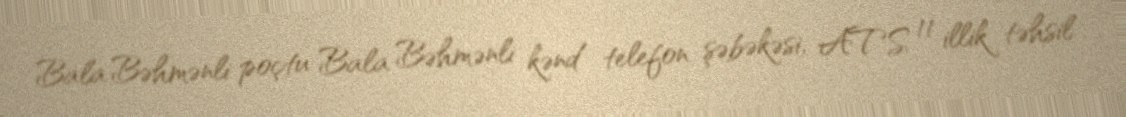
Bala Bəhmənli poçtu Bala Bəhmənli kənd telefon şəbəkəsi, ATS 11 illik təhsil